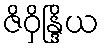
ဇိဝှိန္ဒြိယ